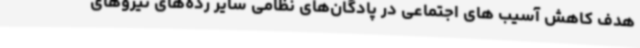
هدف کاهش آسیب های اجتماعی در پادگان‌های نظامی سایر رده‌های نیروهای